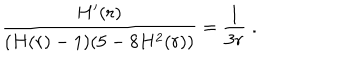
\frac { H ^ { \prime } ( r ) } { ( H ( r ) - 1 ) ( 5 - 8 H ^ { 2 } ( r ) ) } = \frac { 1 } { 3 r } \; .